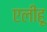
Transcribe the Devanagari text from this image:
एलीहू